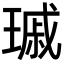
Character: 𤨟